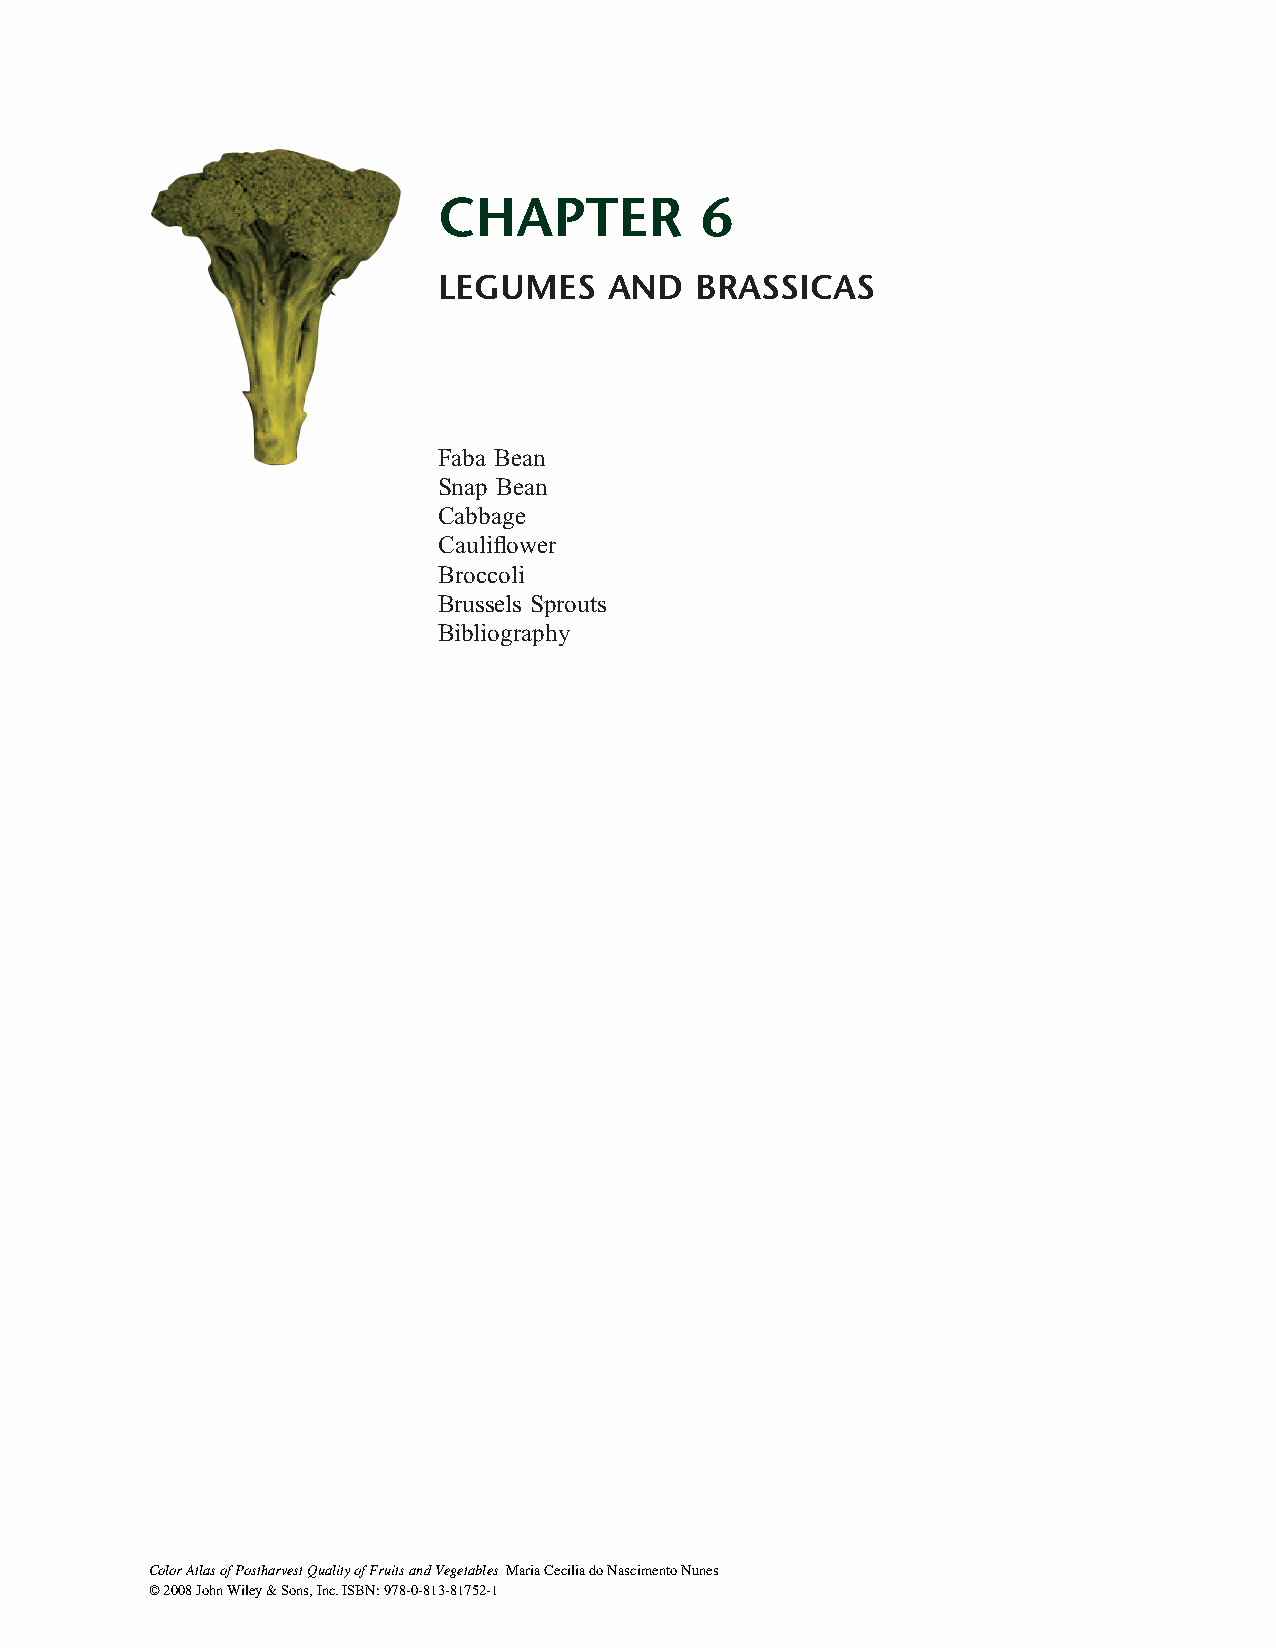
CHAPTER          6
 LEGUMES    AND   BRASSICAS
 Faba Bean
 Snap Bean
 Cabbage
 Caulifl ower
 Broccoli
 Brussels Sprouts
 Bibliography
 Color Atlas of Postharvest Quality of Fruits and Vegetables Maria Cecilia do Nascimento Nunes
 © 2008 John Wiley & Sons, Inc. ISBN: 978-0-813-81752-1